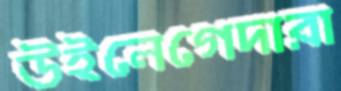
উইলেগেদারা